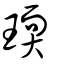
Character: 瑌